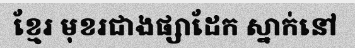
ខ្មែរ មុខរជាងផ្សាដែក ស្នាក់នៅ